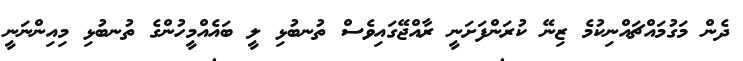
ދެން މަގުމައްޗައްނިކުމެ ޒިނޭ ކުރަންފަށަނީ ރާއްޖޭގައިވެސް ތުނބުޅި ލީ ބައެއްމީހުންގެ ތުނބުޅި މިއިންނަނީ